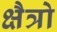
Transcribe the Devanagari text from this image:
क्षैत्रो